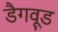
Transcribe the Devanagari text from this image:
डैगवूड